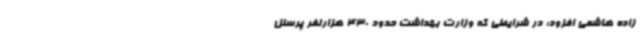
زاده هاشمی افزود: در شرایطی که وزارت بهداشت حدود 430 هزارنفر پرسنل